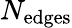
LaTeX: N_{\mathrm{{edges}}}